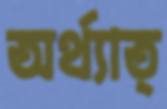
অর্থ্যাত্